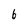
Character: 6